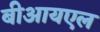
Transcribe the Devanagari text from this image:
बीआयएल